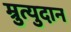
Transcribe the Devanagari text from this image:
म्रुत्युदान